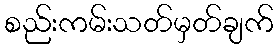
စည်းကမ်းသတ်မှတ်ချက်